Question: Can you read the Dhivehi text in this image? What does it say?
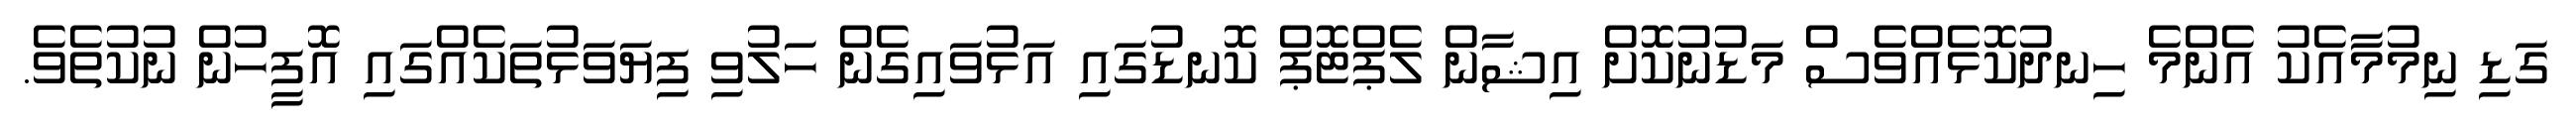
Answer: ގަޑި ނިމުމާއެކު އެންމެ ހިނދުކޮޅެއްވެސް މަޑުނުކޮށް އިޝާން ލެޕްޓޮޕް ކޮނޑުގައި އަޅުވައިގެން ހަލުވި ފިޔަވަޅުތަކެއްގައި އޮފީހުން ނުކުތެވެ.